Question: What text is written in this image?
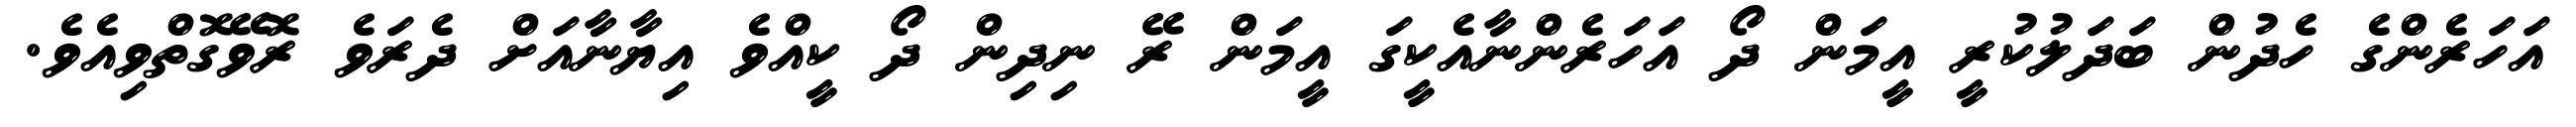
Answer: އަހަރެންގެ ހެދުން ބަދަލުކުރީ އީމަން ދޯ އަހަރެންނާއެކީގަ އީމަން ރޭ ނިދިން ދޯ ކީއްވެ އިޔާނާއަށް ދެރަވެ ރޮވޭގޮތްވިއެވެ.